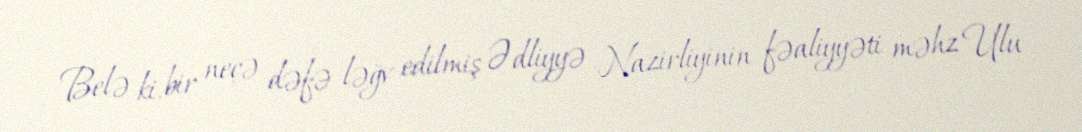
Belə ki, bir neçə dəfə ləğv edilmiş Ədliyyə Nazirliyinin fəaliyyəti məhz Ulu